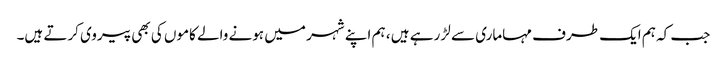
جب کہ ہم ایک طرف مہاماری سے لڑ رہے ہیں ، ہم اپنے شہر میں ہونے والے کاموں کی بھی پیروی کرتے ہیں۔